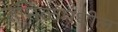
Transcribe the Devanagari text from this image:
तमिळमधील